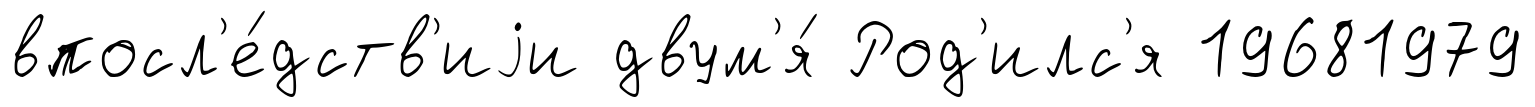
впосл'е́дств'иjи двум'я́ Род'илс'я 19681979